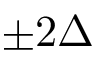
\pm 2 \Delta